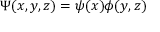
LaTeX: \Psi ( x , y , z ) = \psi ( x ) \phi ( y , z )